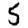
Digit: 5